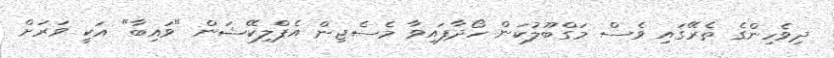
ދިވެހިންގެ ތެރޭގައި ވެސް މަގްބޫލުކަން ހޯދާފައިވާ މެސެޖިން އެޕްލިކޭޝަން "ވައިބާ" އަކީ ވަރަށް